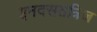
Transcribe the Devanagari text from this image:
इनदसतत्रिज